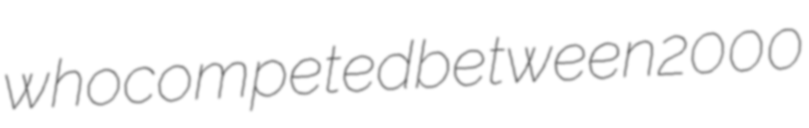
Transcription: who competed between 2000